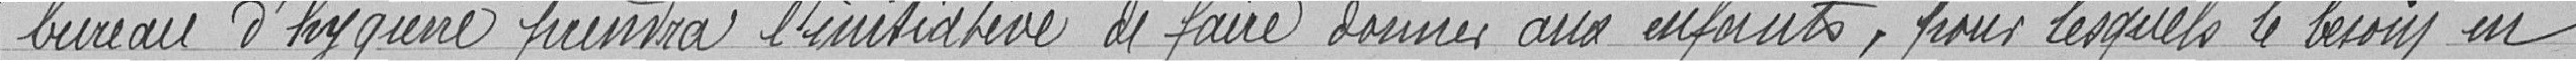
bureau d'hygiène prendra l'initiative de faire donner aux enfants, pour lesquels le besoin en